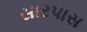
સારપાસ